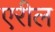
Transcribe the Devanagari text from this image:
एरील